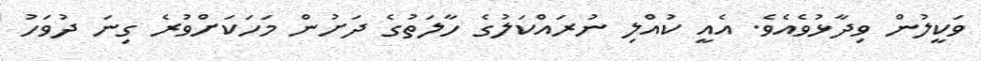
ވަކީލުން ވިދާޅުވެއެވެ. އެއީ ކުއްލި ނުރައްކަލުގެ ހާލަތުގެ ދަށުން މަހަކަށްވުރެ ގިނަ ދުވަހު